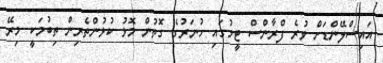
އައިސްލޭންޑަށް ވުރެ ފްރާންސް ޓީމުގައި ހުނަރުގެ ގޮތުން މޮޅު ކުޅުންތެރިން ތިބުމަކީ މިރޭ